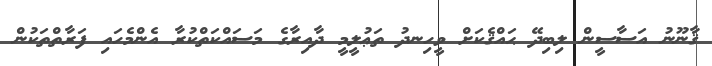
ޤާނޫނު އަސާސީން ލިބިދޭ ޙައްޤެކަށް ވީހިނދު ތަޢުލީމީ ދާއިރާގެ މަސައްކަތްކުރާ އެންމެހައި ފަރާތްތަކުން